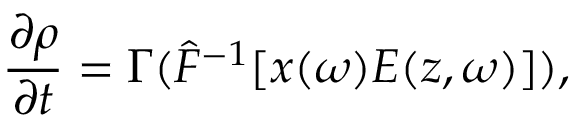
\frac { \partial \rho } { \partial t } = \Gamma ( \hat { F } ^ { - 1 } [ x ( \omega ) E ( z , \omega ) ] ) ,